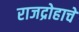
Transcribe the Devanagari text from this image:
राजद्रोहाचे